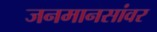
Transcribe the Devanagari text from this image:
जनमानसांवर